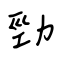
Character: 勁